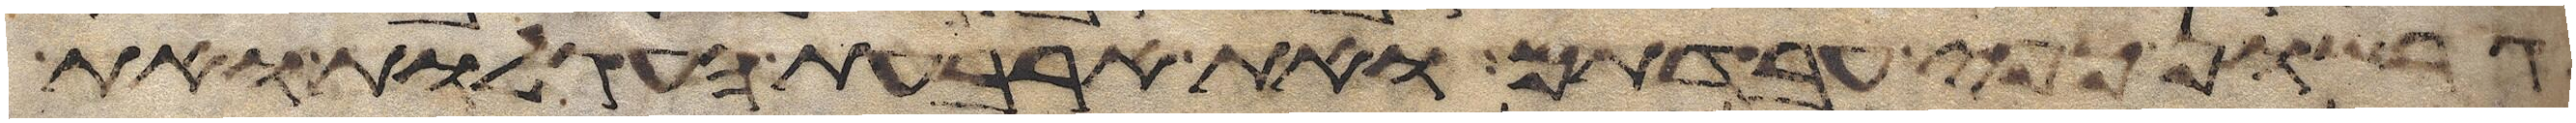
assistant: גרשון כפי עבדתם ואת ארבעת העגלות ואת